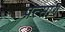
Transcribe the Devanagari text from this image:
पत्सांग